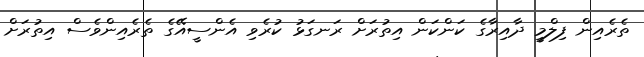
ތެރެއިން ފިލްމީ ދާއިރާގެ ކަންކަން އިތުރަށް ރަނގަޅު ކުރެވި އެންސީއޭގެ ތެރެއިންވެސް އިތުރަށް